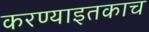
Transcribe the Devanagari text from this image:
करण्याइतकाच